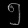
Digit: ၅